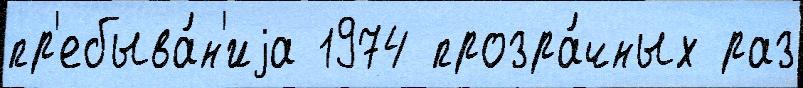
пр'ебыва́н'иjа 1974 прозра́чных раз